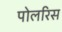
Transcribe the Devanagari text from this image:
पोलरिस